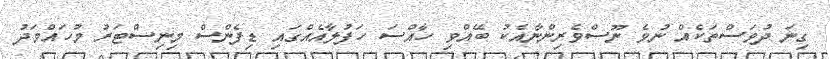
ގިނަ ދުވަސްތަކެއް ނުވެ ނޫސްވެރިންނާއެކު ބޭއްވި ހާއްސަ ހަފުލާއެއްގައި ޑިފެންސް މިނިސްޓަރު މުހައްމަދު